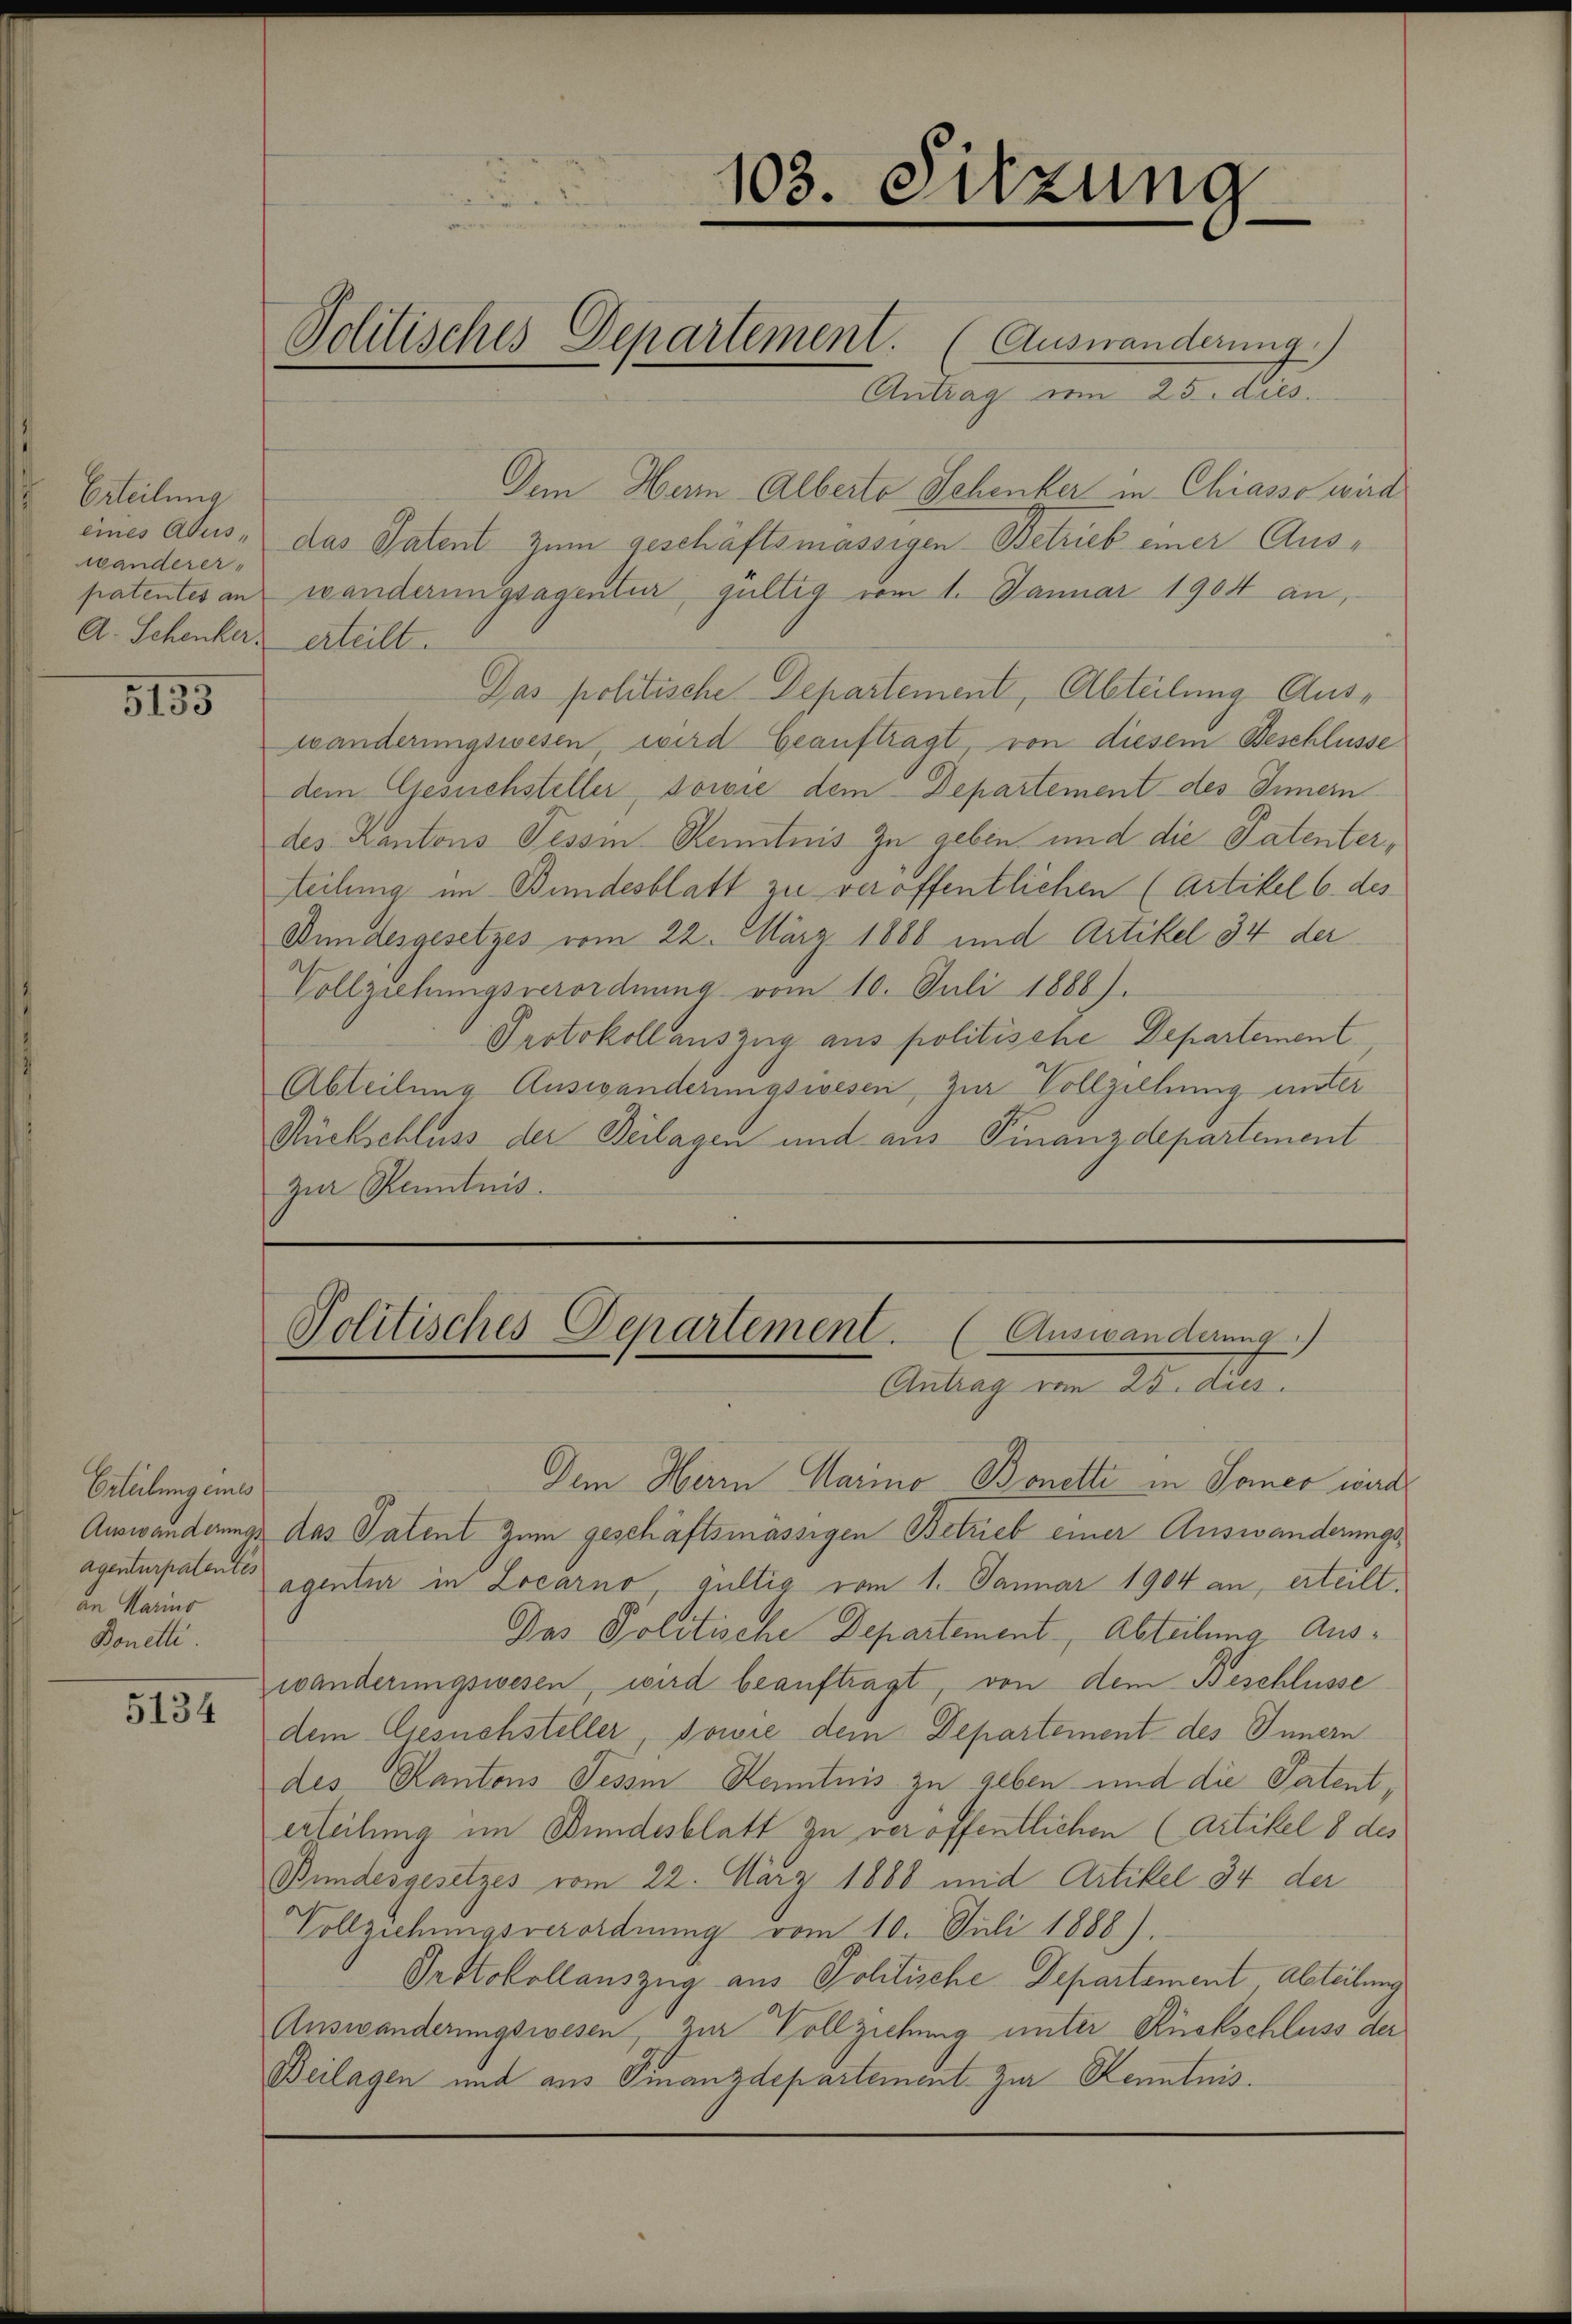
Erteilung
wanderer-
A. Schenker erteilt.

5135

Erteilung eines
Agenturpatentes
an Marmo
Bonetti.

5134

Antrag vom 25. dies
Dem Herrn Alberto Schenker in Chiasso wird
eines Abuis, das Patent zum geschäftsmässigen Betrieb einer Auspatentes an wanderungsagentur gültig vom 1. Januar 1904 an,
Das politische Departement, Abteilung Auswanderungswesen, wird Geauftragt, von diesem Beschlüsse
dem Gesuchsteller, sowie dem Departement des Innern.
des Kantons Tessin Kenntnis zu geben und die Patenterteilung im Bundesblatt zu veröffentlichen (Artikel 6. des
Bundesgesetzes vom 22. März 1888 und Artikel 34 der
Vollziehungsverordnung vom 10. Juli 1888).
Protokoll auszug aus politische Departement,
Abteilung Auswanderungsisesen, zur Vollziehung unter
Rückschluss der Beilagen und aus Finanzdepartement
zur Kenntnis.

103. Sitzung

Politisches Departement. (Auswanderung.)

Politisches Departement.
Auswanderung.)
Antrag vom 25. dies

Dem Herr Marina Bonette in Somer wird
Auswanderungs das Patent zum geschäftsmässigen Betrieb einer Auswanderungsagentur in Locarno, Gültig vom 1. Januar 1904 an, erteilt
Das Politische Departement Abteilung Auswanderungswesen, wird beauftragt, von dem Beschlüsse
dem Gesuchsteller sowie dem Departement des Innern
des Kantons Tessin Kenntnis zu geben und die Patenterteilung im Bundesblatt zu veröffentlichen (Artikel 8 des
Bundesgesetzes vom 22. März 1868 und Artikel 34 der
Vollziehungsverordnung vom 10. Juli 1888).
Protokollauszug aus Politische Departement, Abteilung
Auswanderungswesen, zur Vollziehung unter Rückschluss der
Beilagen und aus Finanzdepartement zur Kenntnis.